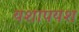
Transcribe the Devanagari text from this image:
यशापयश